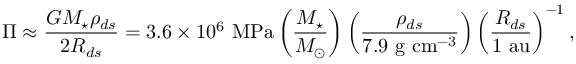
\Pi \approx { \frac { G M _ { \star } \rho _ { d s } } { 2 R _ { d s } } } = 3 . 6 \times 1 0 ^ { 6 } ~ \mathrm { M P a } \left( { \frac { M _ { \star } } { M _ { \odot } } } \right) \left( { \frac { \rho _ { d s } } { 7 . 9 ~ \mathrm { g ~ c m ^ { - 3 } } } } \right) \left( { \frac { R _ { d s } } { 1 ~ \mathrm { a u } } } \right) ^ { - 1 } ,